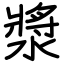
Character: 漿